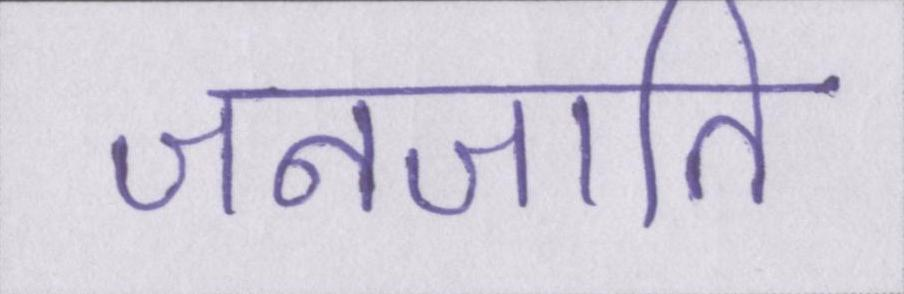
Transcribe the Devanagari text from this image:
जनजाति